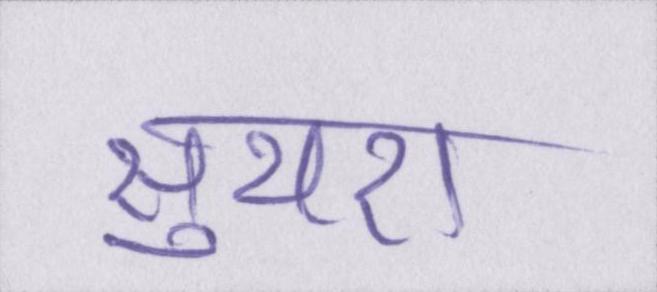
सुथरा